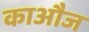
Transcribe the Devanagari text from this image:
काऔज